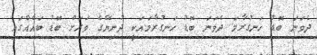
ދެވަނަ ބޮޑު ހަނގުރާމަ ދެވަނަ ބޮޑު ހަނގުރާމައަކީ ދުނިޔޭގެ ވަރަށް ބޮޑު ބައެއްގައި